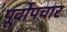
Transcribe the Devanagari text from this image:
पूर्वोपचार